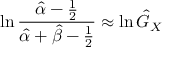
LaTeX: \ln { \frac { { \hat { \alpha } } - { \frac { 1 } { 2 } } } { { \hat { \alpha } } + { \hat { \beta } } - { \frac { 1 } { 2 } } } } \approx \ln { \hat { G } } _ { X }